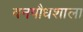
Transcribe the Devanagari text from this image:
वनपौधशाला